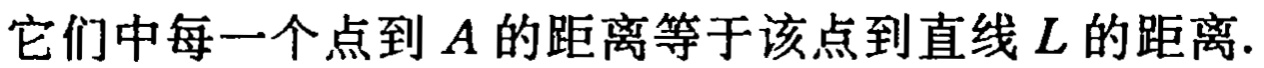
它们中每一个点到 \(A\) 的距离等于该点到直线 \(L\) 的距离.